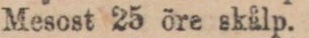
Mesost 25 öre skålp.